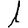
Digit: 1